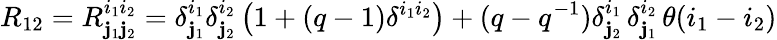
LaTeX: R_{12}=R_{\mathbf{j}_{1}\mathbf{j}_{2}}^{i_{1}i_{2}}=\delta_{\mathbf{j}_{1}}^{i_{1}}\delta_{\mathbf{j}_{2}}^{i_{2}}\left(1+(q-1)\delta^{i_{1}i_{2}}\right)+(q-q^{-1})\delta_{\mathbf{j}_{2}}^{i_{1}}\, \delta_{\mathbf{j}_{1}}^{i_{2}}\, \theta(i_{1}-i_{2})